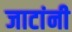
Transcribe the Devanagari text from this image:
जाटांनी